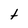
Character: t